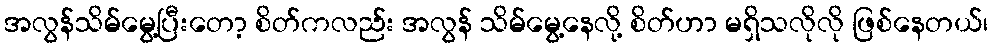
အလွန်သိမ်မွေ့ပြီးတော့ စိတ်ကလည်း အလွန် သိမ်မွေ့နေလို့ စိတ်ဟာ မရှိသလိုလို ဖြစ်နေတယ်၊